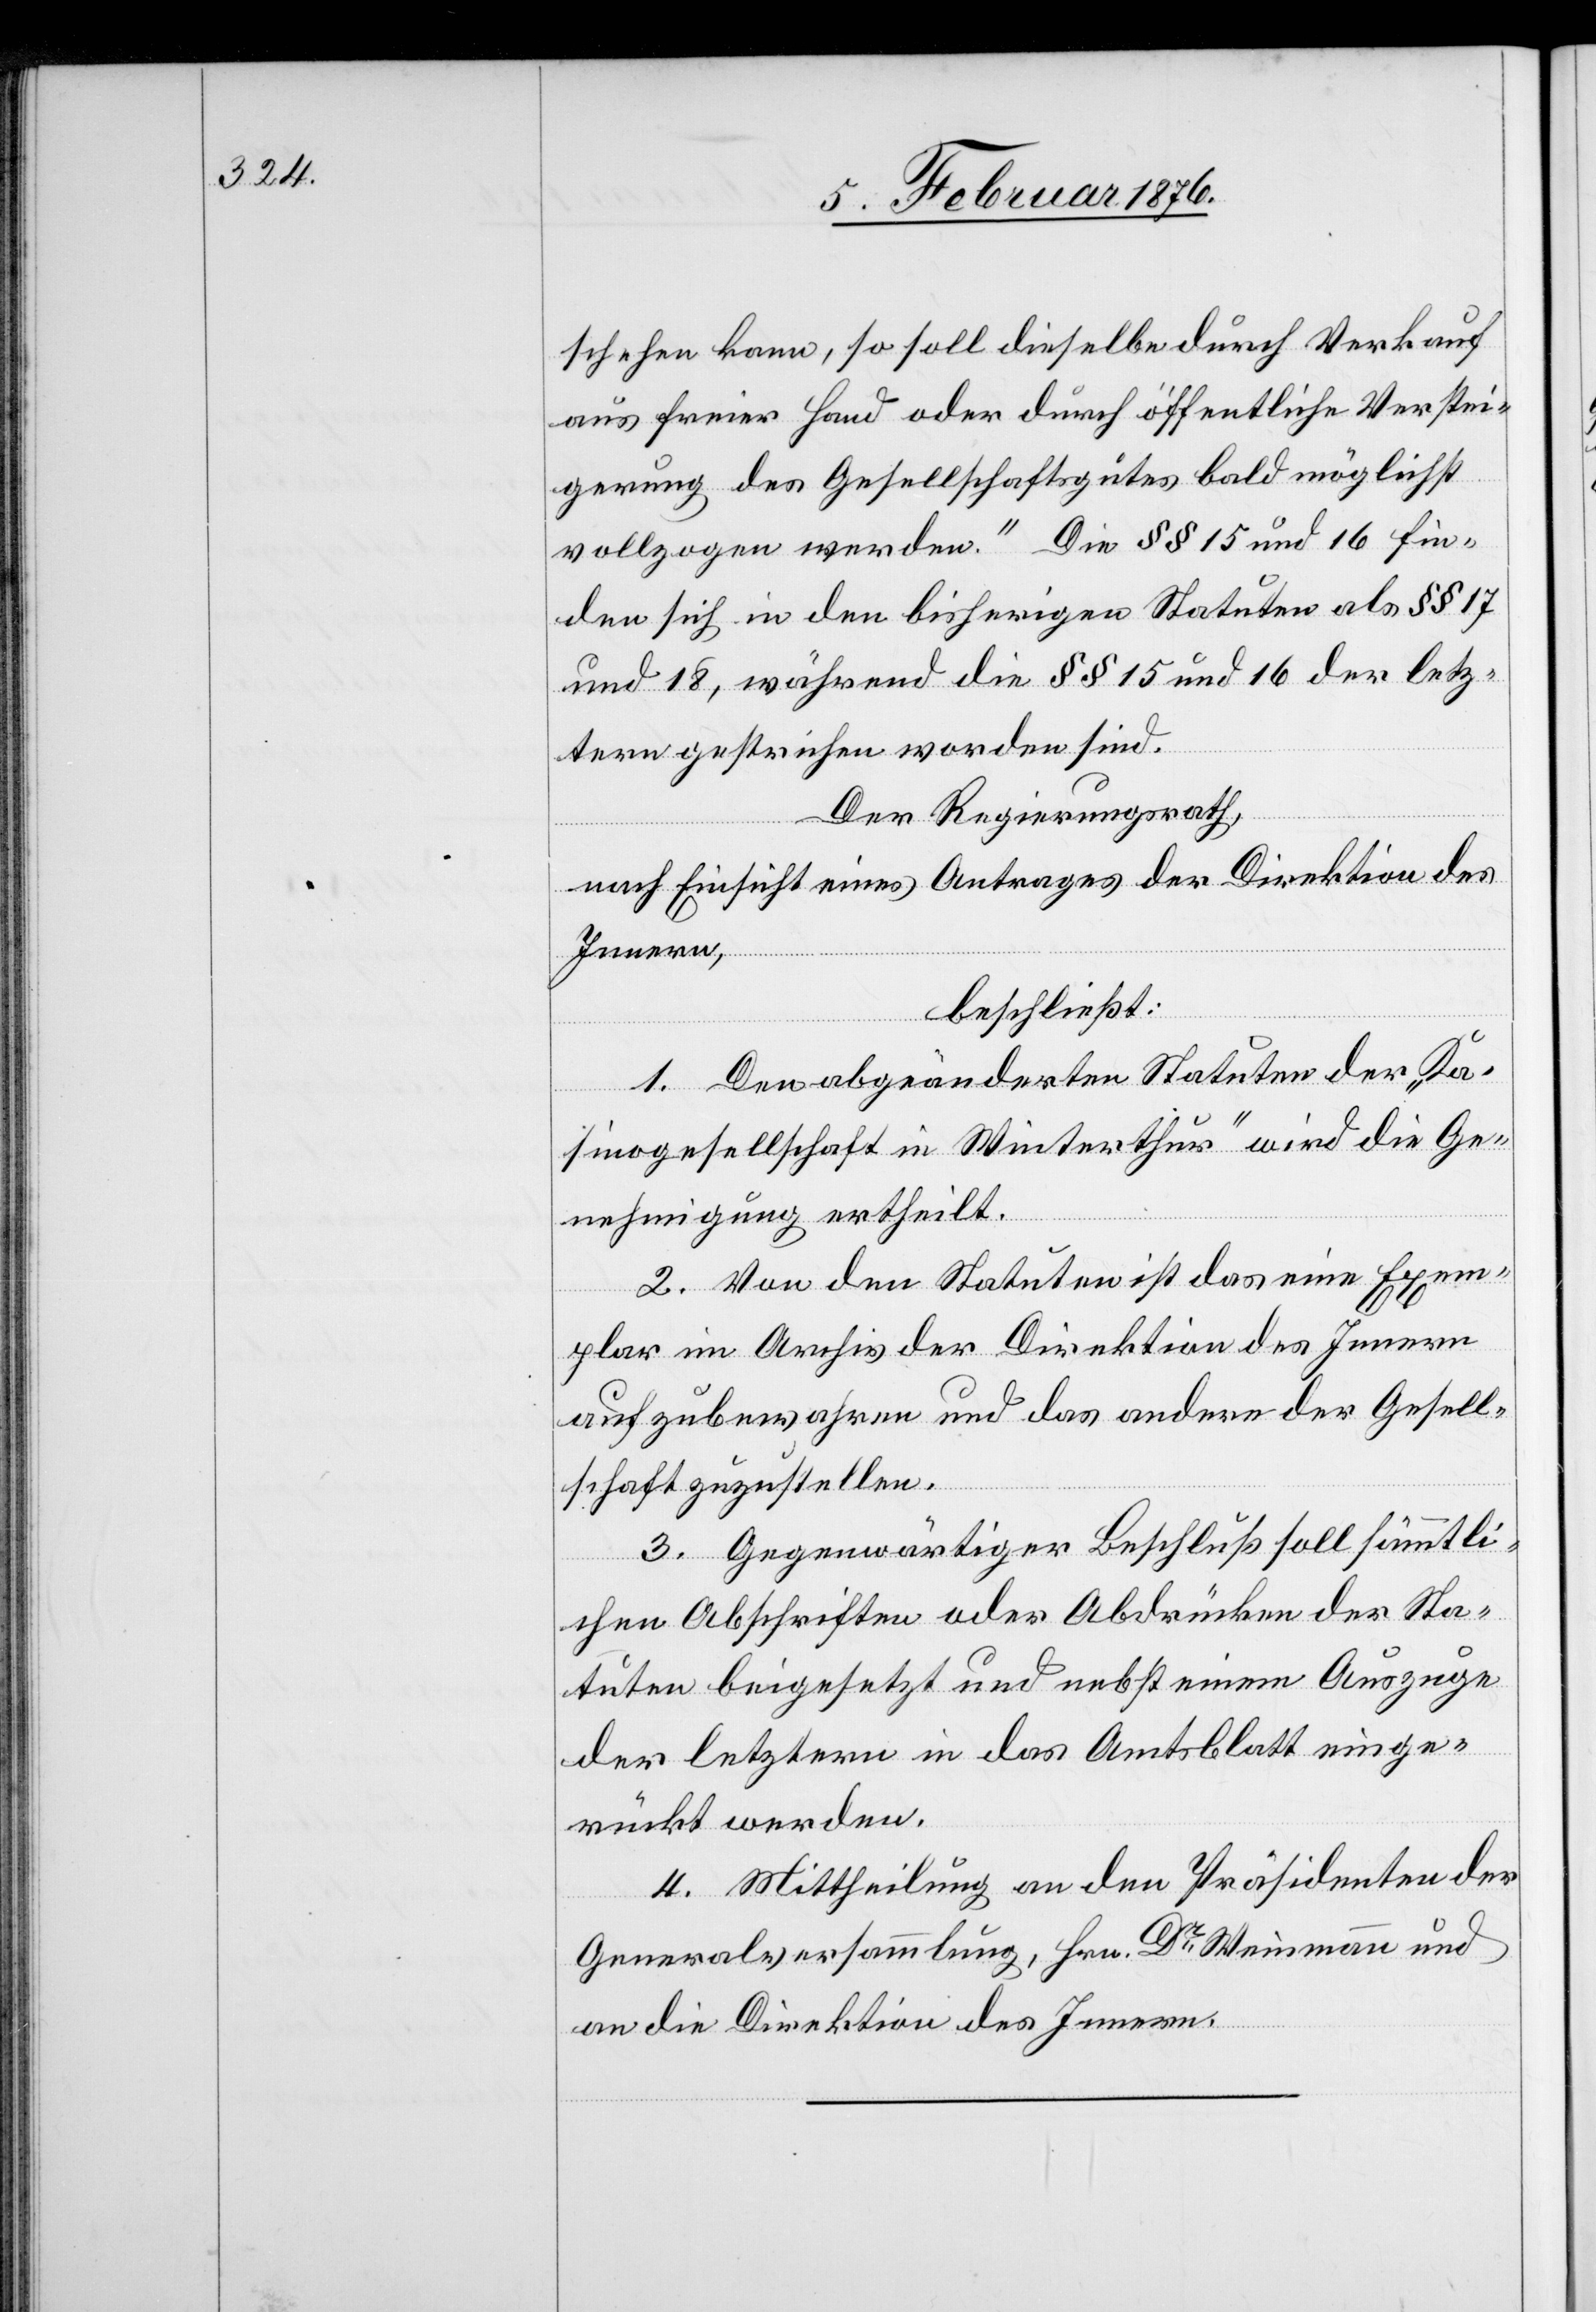
schehen kann, so soll dieselbe durch Verkauf
aus freier Hand oder durch öffentliche Verstei¬
gerung des Gesellschafsgutes baldmöglichst
vollzogen werden.“ Die § § 15 und 16 fin¬
den sich in den bisherigen Statuten als § § 17
und 18, während die § § 15 und 16 der letz¬
teren gestrichen worden sind.
Der Regierungsrath,
nach Einsicht eines Antrages der Direktion des
Innern,
beschließt:
1. Den abgeänderten Statuten der „Ka¬
sinogesellschaft in Winterthur“ wird die Ge¬
nehmigung ertheilt.
2. Von den Statuten ist das eine Exem¬
plar im Archiv der Direktion des Innern
aufzubewahren und das andere der Gesell¬
schaft zuzustellen.
3. Gegenwärtiger Beschluß soll sämmtli¬
chen Abschriften oder Abdrücken der Sta¬
tuten beigesetzt und nebst einem Auszuge
der letzteren in das Amtsblatt einge¬
rückt werden.
4. Mittheilung an den Präsidenten der
Generalversammlung, Hrn. Dr. Steinmann und
an die Direktion des Innern.